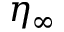
\eta _ { \infty }